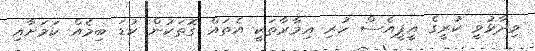
ވިދާޅުވީ ކުރީގެ އީޕީއެސް ހުރި އިމާރާތަކީ އެތައް ގޮތަކުން ކުޑަ ބިމެއް ކަމަށާއި